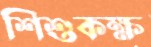
শিশুকক্ষ